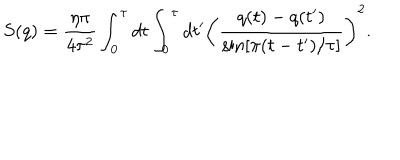
S ( q ) = \frac { \eta \pi } { 4 \tau ^ { 2 } } \int _ { 0 } ^ { \tau } d t \int _ { 0 } ^ { \tau } d t ^ { \prime } \left( \frac { q ( t ) - q ( t ^ { \prime } ) } { \sin [ \pi ( t - t ^ { \prime } ) / \tau ] } \right) ^ { 2 } .